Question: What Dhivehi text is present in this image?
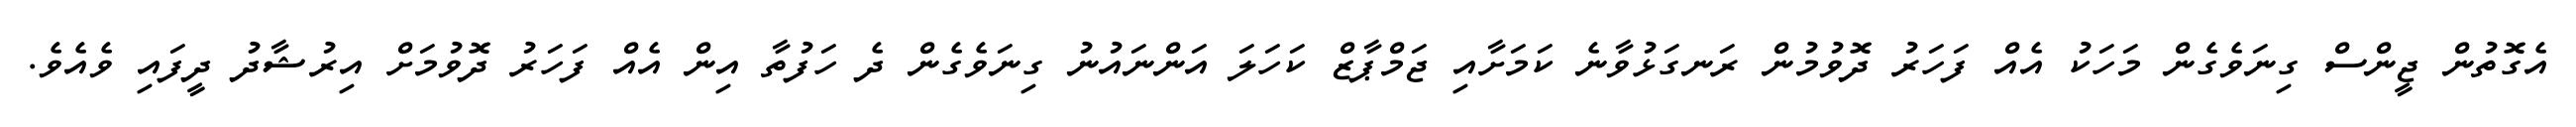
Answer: އެގޮތުން ޖީންސް ގިނަވެގެން މަހަކު އެއް ފަހަރު ދޮވުމުން ރަނގަޅުވާނެ ކަމަށާއި ޖަމްޕާޒް ކަހަލަ އަންނައުނު ގިނަވެގެން ދެ ހަފުތާ އިން އެއް ފަހަރު ދޮވުމަށް އިރުޝާދު ދީފައި ވެއެވެ.